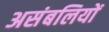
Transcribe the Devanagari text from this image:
असंबलियों